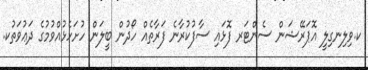
ކ.ވިލިނގިލީ އޮޕަރޭޝަން ސެންޓަރ ފޮޅައި ސާފުކުރާނެ ފަރާތެއް ހޯދުން ބީލަން ހުށަހެޅުއްވުމުގެ ދަޢުވަތުކ.